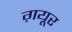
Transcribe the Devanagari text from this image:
ग़यूर